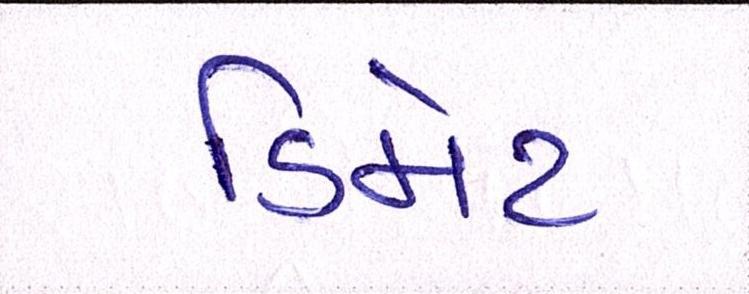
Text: ડિમેટ